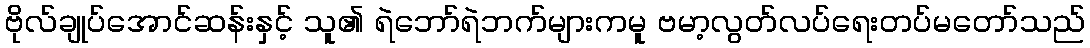
ဗိုလ်ချုပ်အောင်ဆန်းနှင့် သူ၏ ရဲဘော်ရဲဘက်များကမူ ဗမာ့လွတ်လပ်ရေးတပ်မတော်သည်